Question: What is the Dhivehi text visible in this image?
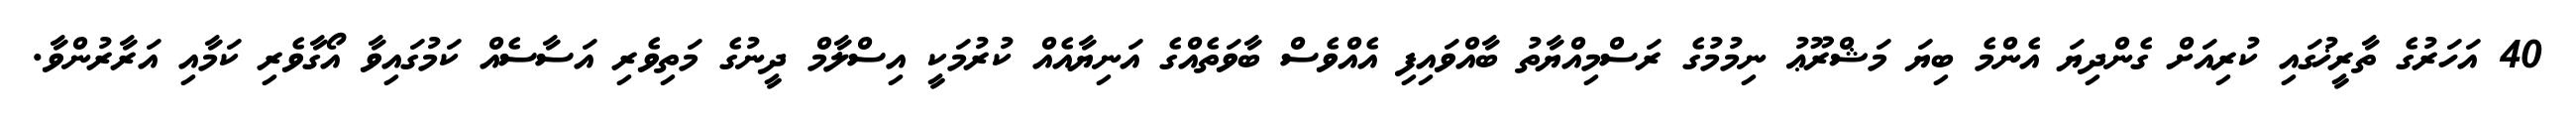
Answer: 40 އަހަރުގެ ތާރީޚުގައި ކުރިއަށް ގެންދިޔަ އެންމެ ބިޔަ މަޝްރޫޢު ނިމުމުގެ ރަސްމިއްޔާތު ބާއްވައިފި އެއްވެސް ބާވަތެއްގެ އަނިޔާއެއް ކުރުމަކީ އިސްލާމް ދީނުގެ މަތިވެރި އަސާސެއް ކަމުގައިވާ އޯގާވެރި ކަމާއި އަރާރުންވާ.